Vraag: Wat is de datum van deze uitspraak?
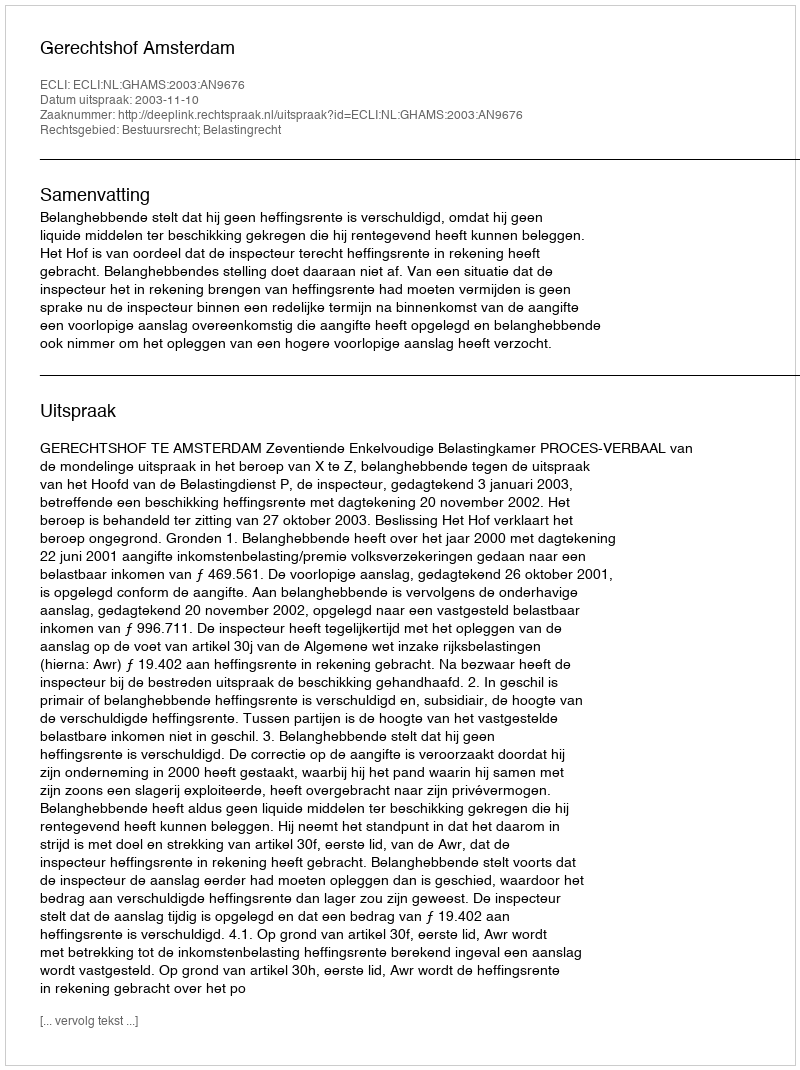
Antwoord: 2003-11-10